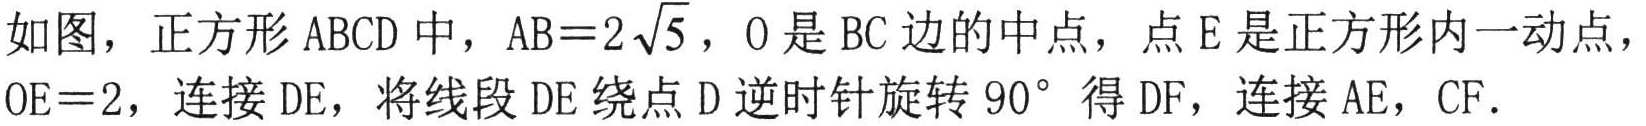
如图，正方形 \(ABCD\) 中，\(AB = 2\sqrt{5}\)，\(O\) 是 \(BC\) 边的中点，点 \(E\) 是正方形内一动点，\(OE = 2\)，连接 \(DE\)，将线段 \(DE\) 绕点 \(D\) 逆时针旋转 \(90^{\circ}\) 得 \(DF\)，连接 \(AE\)，\(CF\)．